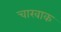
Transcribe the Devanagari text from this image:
चारवाक